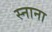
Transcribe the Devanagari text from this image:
स्नाना